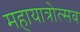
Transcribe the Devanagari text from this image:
महायात्रोत्सव